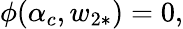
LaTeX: \phi(\alpha_{c},w_{2\ast})=0,